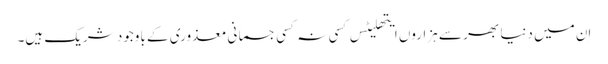
اِن میں دنیا بھر سے ہزاروں ایتھلیٹس کسی نہ کسی جسمانی معذوری کے باوجود شریک ہیں۔